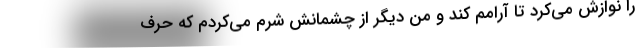
را نوازش می‌کرد تا آرامم کند و من دیگر از چشمانش شرم می‌کردم که حرف